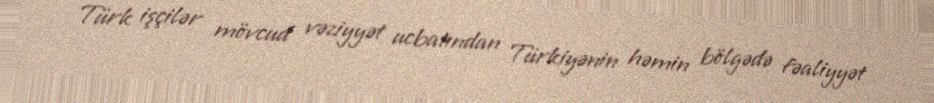
Türk işçilər mövcud vəziyyət ucbatından Türkiyənin həmin bölgədə fəaliyyət